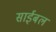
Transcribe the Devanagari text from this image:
साईबल